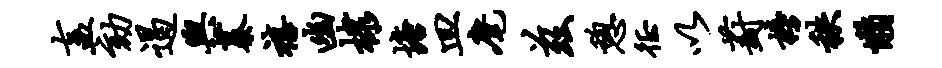
盍劾遏舆蓁禧幽棣塘皿麾兹憩徵以葑榜秩懒